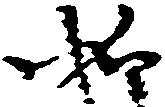
如